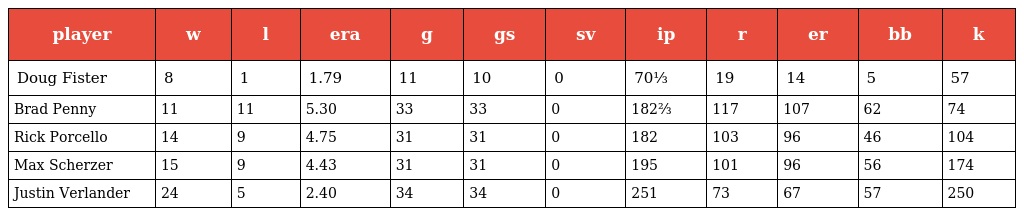
| player | w | l | era | g | gs | sv | ip | r | er | bb | k |
 | --- | --- | --- | --- | --- | --- | --- | --- | --- | --- | --- | --- |
 | Doug Fister | 8 | 1 | 1.79 | 11 | 10 | 0 | 70⅓ | 19 | 14 | 5 | 57 |
 | Brad Penny | 11 | 11 | 5.30 | 33 | 33 | 0 | 182⅔ | 117 | 107 | 62 | 74 |
 | Rick Porcello | 14 | 9 | 4.75 | 31 | 31 | 0 | 182 | 103 | 96 | 46 | 104 |
 | Max Scherzer | 15 | 9 | 4.43 | 31 | 31 | 0 | 195 | 101 | 96 | 56 | 174 |
 | Justin Verlander | 24 | 5 | 2.40 | 34 | 34 | 0 | 251 | 73 | 67 | 57 | 250 |